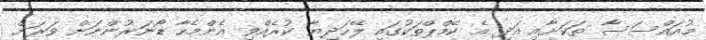
މުއައްސަސާ ތަކަށާއި އަދި އެ ކޭމްޕްތަކުގައި ލޭހަދިޔާ ކުރެއްވި އެންމެހާ ޑޯނަރުންނަށް ވަރަށް